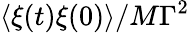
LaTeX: \langle\xi(t)\xi(0)\rangle/M\Gamma^{2}